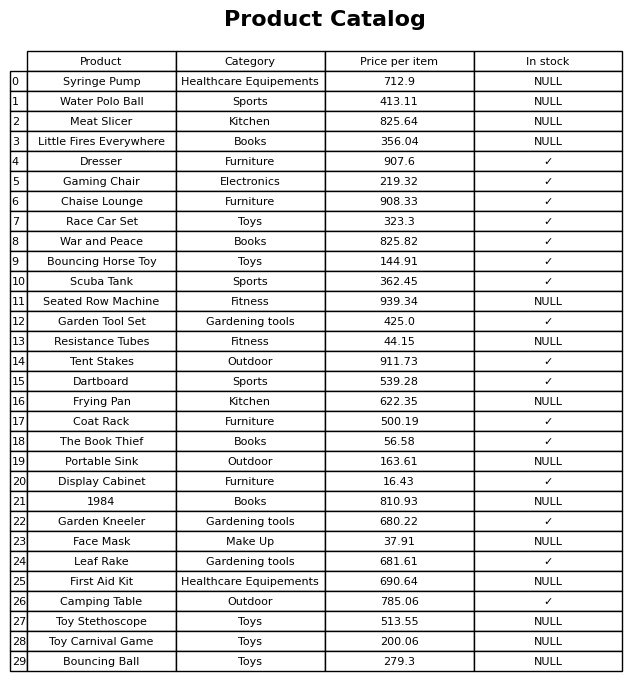
question: What is the price of the Resistance Tubes?
answer: The price of Resistance Tubes is 44.15.